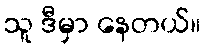
သူ ဒီမှာ နေတယ်။